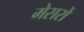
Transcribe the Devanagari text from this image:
मेसरों